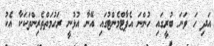
އަދި ހަ ވަނަ ބުރީގައި ހުންނަ އެޕާޓްމެންޓުގައި އޭނާ އުޅުނީ ރަހުމަތްތެރިންތަކަކާ އެކު